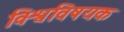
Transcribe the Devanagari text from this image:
विश्वविषयक